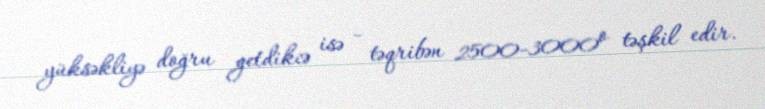
yüksəkliyə doğru getdikcə isə - təqribən 2500-3000º təşkil edir.